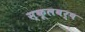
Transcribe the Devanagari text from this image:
स्कूलवर्ष